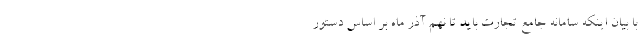
با بیان اینکه سامانه جامع تجارت باید تا نهم آذر ماه بر اساس دستور